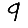
Digit: 9